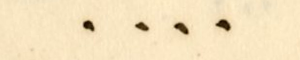
....